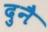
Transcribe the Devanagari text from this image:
दुनै